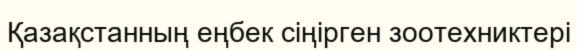
Қазақстанның еңбек сіңірген зоотехниктері